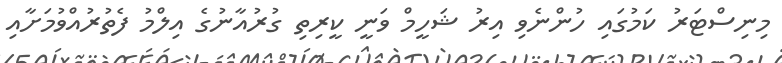
މިނިސްޓަރު ކަމުގައި ހުންނެވި އިރު ޝަހީމް ވަނީ ކީރިތި ގުރުއާނުގެ އިލްމު ފެތުރުއްވުމަށާއި